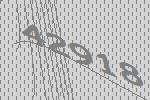
42918